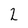
Character: 2